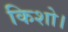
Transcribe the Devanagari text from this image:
किशो।